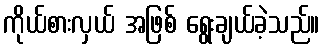
ကိုယ်စားလှယ် အဖြစ် ရွေးချယ်ခဲ့သည်။